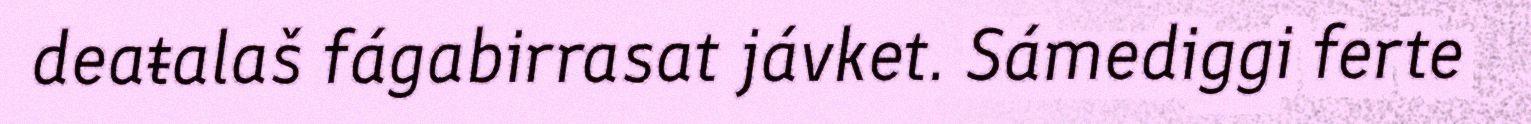
deaŧalaš fágabirrasat jávket. Sámediggi ferte